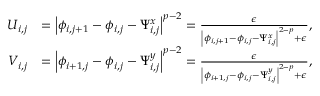
\begin{array} { r l } { U _ { i , j } } & { = \left\lvert \phi _ { i , j + 1 } - \phi _ { i , j } - \Psi _ { i , j } ^ { x } \right\rvert ^ { p - 2 } = \frac { \epsilon } { \left\lvert \phi _ { i , j + 1 } - \phi _ { i , j } - \Psi _ { i , j } ^ { x } \right\rvert ^ { 2 - p } + \epsilon } , } \\ { V _ { i , j } } & { = \left\lvert \phi _ { i + 1 , j } - \phi _ { i , j } - \Psi _ { i , j } ^ { y } \right\rvert ^ { p - 2 } = \frac { \epsilon } { \left\lvert \phi _ { i + 1 , j } - \phi _ { i , j } - \Psi _ { i , j } ^ { y } \right\rvert ^ { 2 - p } + \epsilon } , } \end{array}